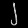
Digit: ၂